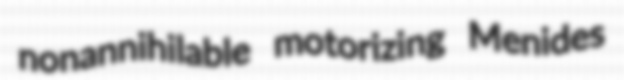
nonannihilable motorizing Menides